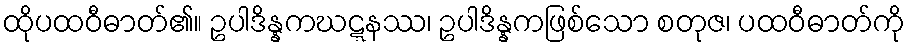
ထိုပထဝီဓာတ်၏။ ဥပါဒိန္နကဃဋ္ဋနဿ၊ ဥပါဒိန္နကဖြစ်သော စတုဇ၊ ပထဝီဓာတ်ကို